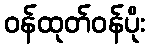
ဝန်ထုတ်ဝန်ပိုး